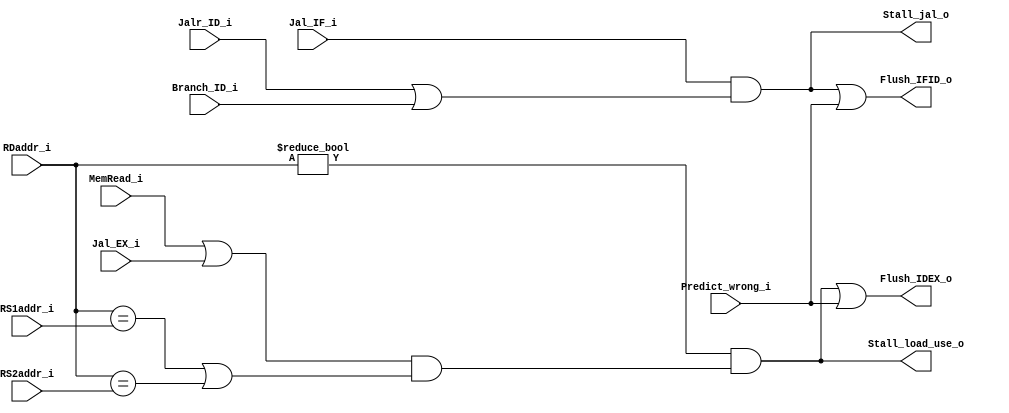
module Hazard_Detection_Unit(
    MemRead_i,
    Jalr_ID_i,
    RDaddr_i,
    RS1addr_i,
    RS2addr_i,
    Branch_ID_i,
    Predict_wrong_i,
    Jal_IF_i,
    Jal_EX_i,
    Stall_load_use_o,
    Stall_jal_o,
    Flush_IFID_o,
    Flush_IDEX_o
);

    // Ports
    input        MemRead_i, Branch_ID_i, Jal_IF_i, Jal_EX_i, Jalr_ID_i, Predict_wrong_i;
    input  [4:0] RDaddr_i, RS1addr_i, RS2addr_i;
    output       Stall_load_use_o, Stall_jal_o, Flush_IFID_o, Flush_IDEX_o;

    wire RDRS1, RDRS2;
    assign RDRS1 = (RDaddr_i == RS1addr_i);
    assign RDRS2 = (RDaddr_i == RS2addr_i);

    assign tmp                 = RDRS1 | RDRS2;
    assign Stall_load_use_o    = (RDaddr_i != 5'd0) & (((MemRead_i | Jal_EX_i) & tmp));
    assign Stall_jal_o         = Jal_IF_i & (Jalr_ID_i | Branch_ID_i);
    assign Flush_IDEX_o        = Stall_load_use_o | Predict_wrong_i;
    assign Flush_IFID_o        = Stall_jal_o | Predict_wrong_i;

endmodule